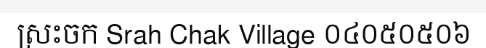
ស្រះចក Srah Chak Village ០៤០៥០៥០៦